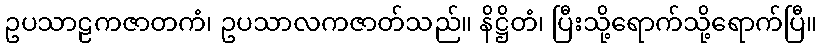
ဥပသာဠကဇာတကံ၊ ဥပသာလကဇာတ်သည်။ နိဋ္ဌိတံ၊ ပြီးသို့ရောက်သို့ရောက်ပြီ။